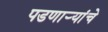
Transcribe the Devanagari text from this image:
पडणाऱ्यांचे